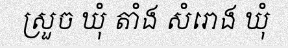
ស្រួច ឃុំ តាំង សំរោង ឃុំ